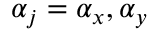
\mathcal { \alpha } _ { j } = \mathcal { \alpha } _ { x } , \mathcal { \alpha } _ { y }